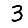
Digit: 3